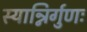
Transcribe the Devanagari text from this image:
स्यान्निर्गुणः